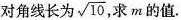
对角线长为\sqrt{10},求m的值.